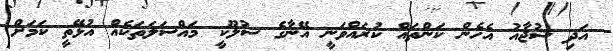
އަދި ޝުޖާއު އެހެން ކަންތައް ކުރައްވަނީ އޭނާގެ ސުލޫކީ މައްސަލަތަކެއް އުޅޭތީ ކަމަށް